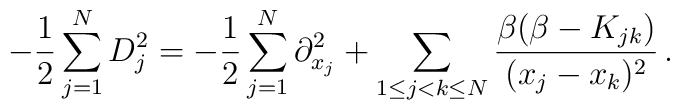
-\frac{1}{2}\sum_{j=1}^N D_j^2 =-\frac{1}{2}\sum_{j=1}^N \partial_{x_j}^2+\sum_{1\leq j <k\leq N}\frac{\beta(\beta-K_{jk})}{(x_j-x_k)^2} \, .